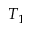
T _ { 1 }